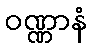
ဝဏ္ဏာနံ